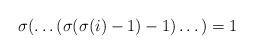
LaTeX: \begin{align*}\sigma(\dots(\sigma(\sigma(i)-1)-1)\dots) = 1\end{align*}